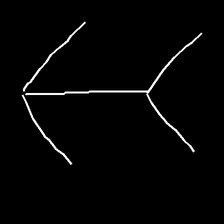
Glyph: gather